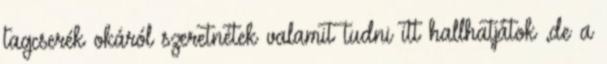
tagcserék okáról szeretnétek valamit tudni itt hallhatjátok ,de a